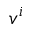
v ^ { i }